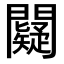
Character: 𨷞